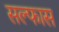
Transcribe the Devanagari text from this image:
सल्फास